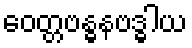
ဝေတ္တဗန္ဓနဗဒ္ဓါယ